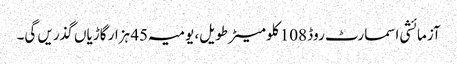
آزمائشی اسمارٹ روڈ 108 کلو میٹر طویل، یومیہ 45 ہزار گاڑیاں گذریں گی۔